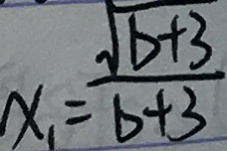
x _ { 1 } = \frac { \sqrt { b + 3 } } { b + 3 }